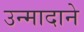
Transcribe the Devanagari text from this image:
उन्मादाने